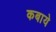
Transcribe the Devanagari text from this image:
कबाये